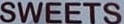
SWEETS